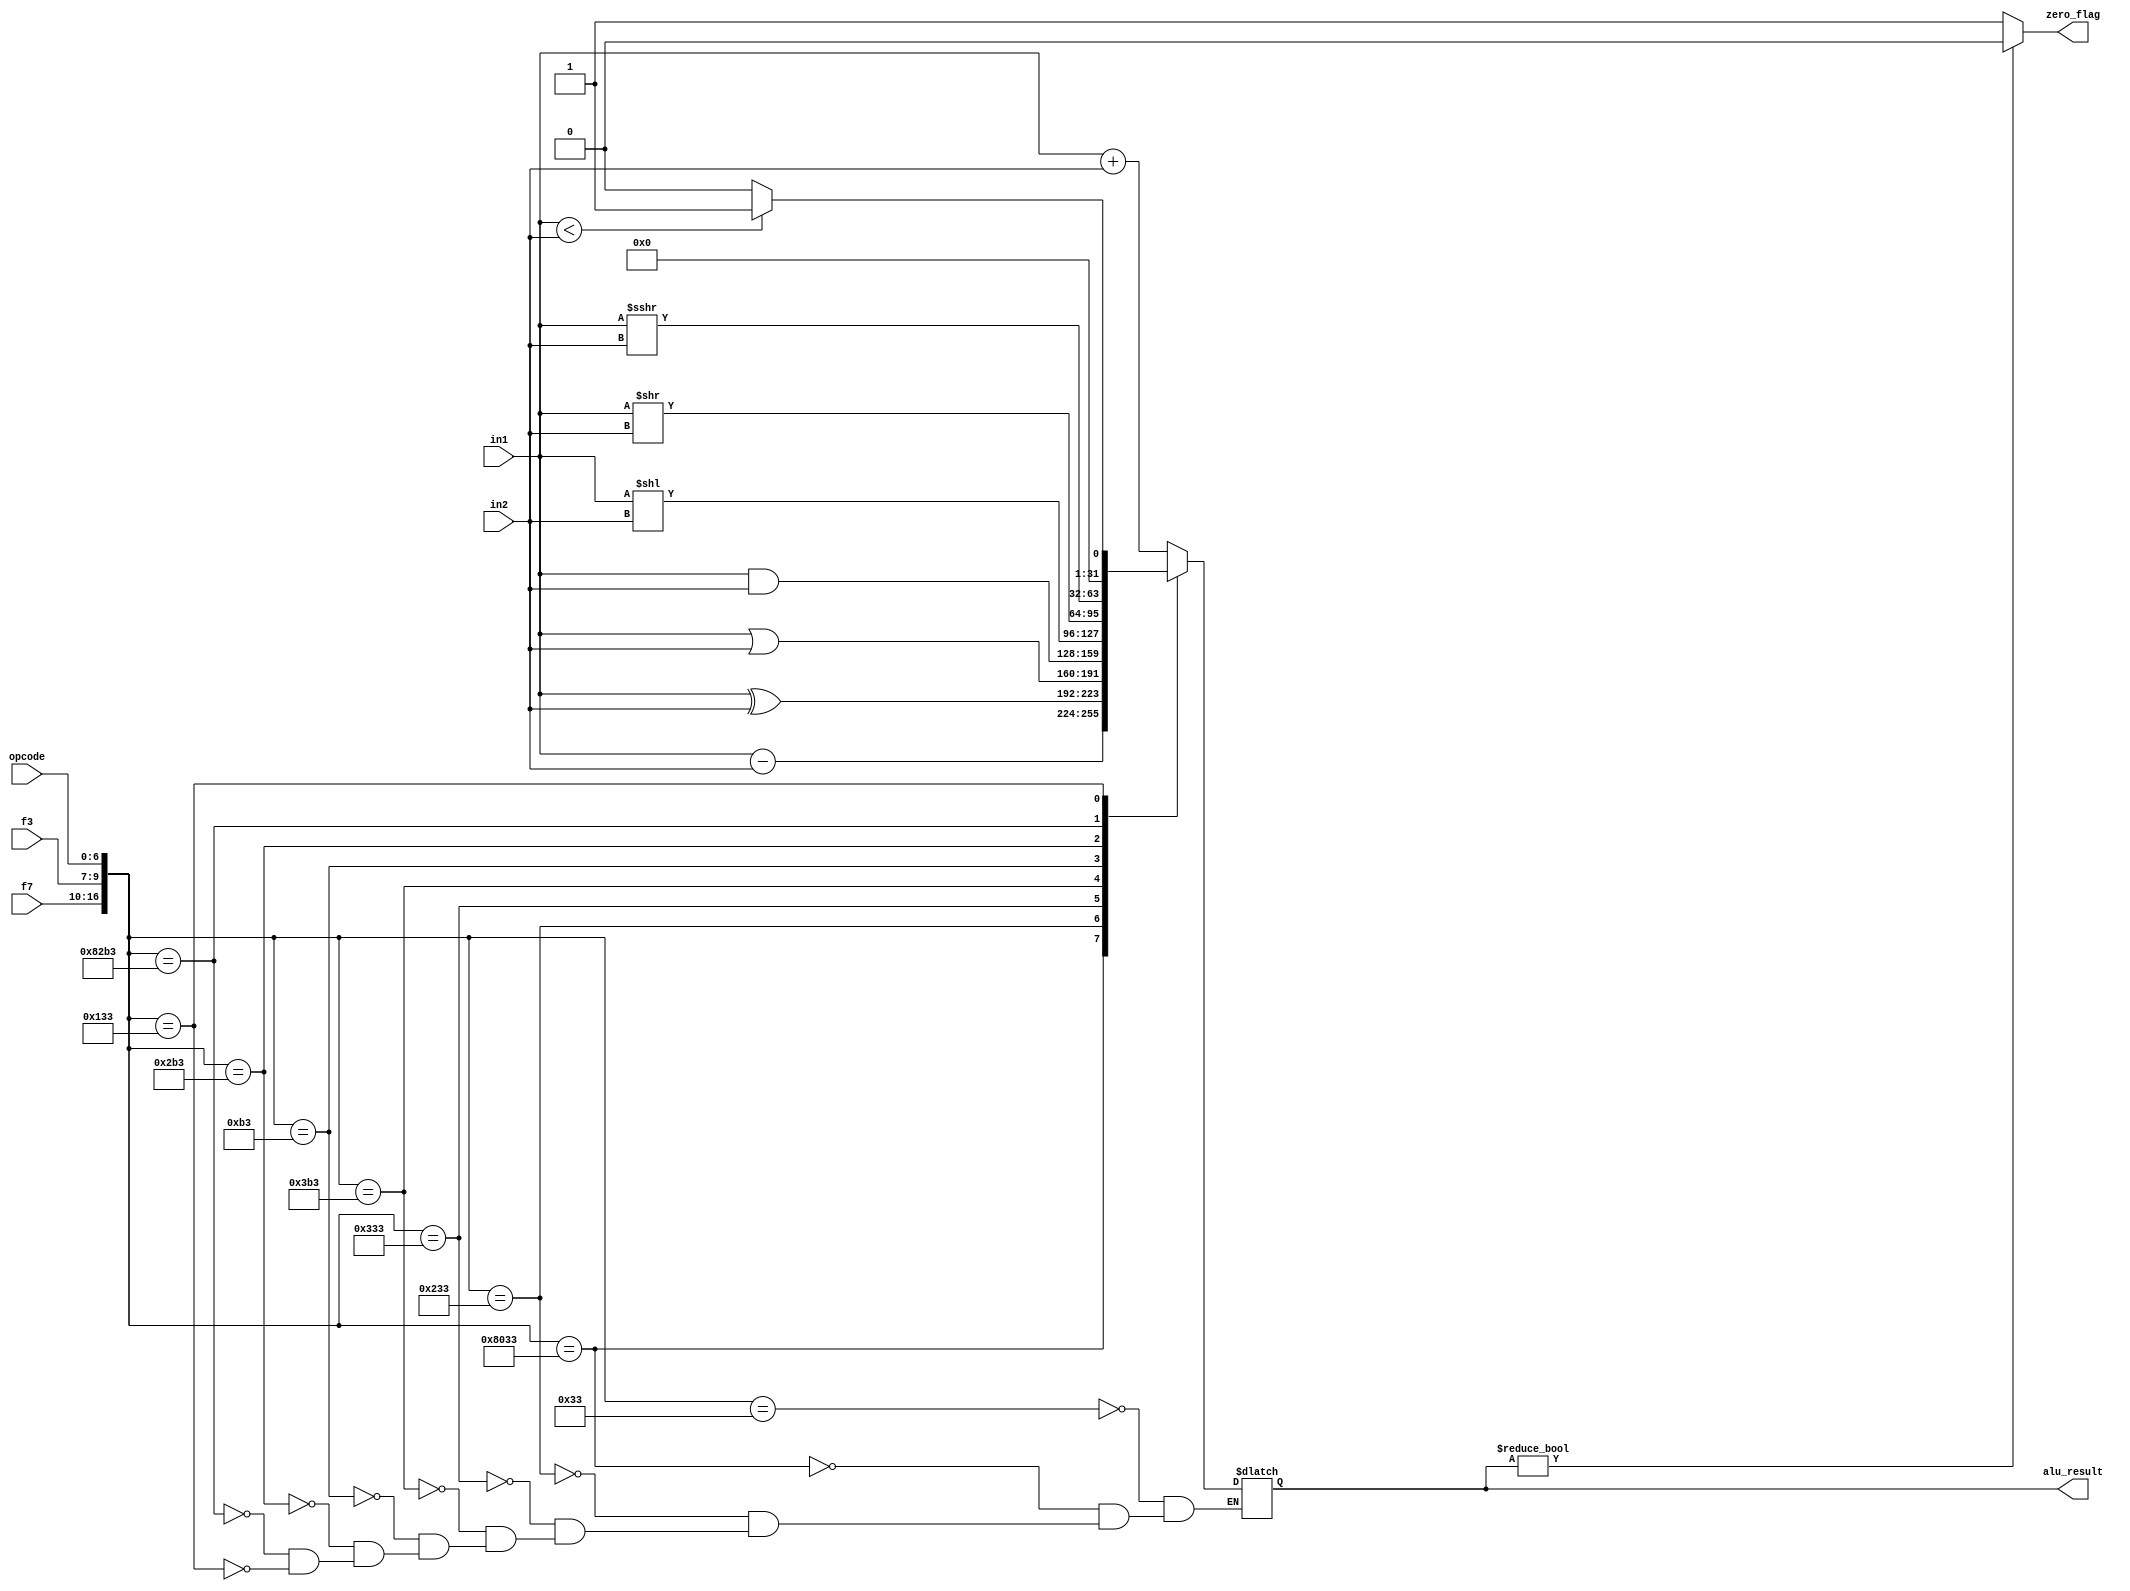
`timescale 1ns/1ps
module ALU(
input [31:0] in1,
input [31:0] in2,
input [2:0] f3,
input [6:0] f7,
input [6:0] opcode,
output reg [31:0] alu_result,
output zero_flag);
parameter ADD=17'b00000000000110011, SUB=17'b01000000000110011, XOR=17'b00000001000110011, OR=17'b00000001100110011, AND=17'b00000001110110011, SLL=17'b00000000010110011, SRL=17'b00000001010110011,
SRA=17'b01000001010110011, SLT=17'b00000000100110011;

always @(*) begin

case({f7,f3,opcode}) 

ADD: alu_result = in1 + in2;
SUB: alu_result = in1 - in2;
XOR: alu_result = in1 ^ in2;
OR: alu_result = in1 | in2;
AND: alu_result = in1 & in2;
SLL: alu_result = in1 << in2;
SRL: alu_result = in1 >> in2;
SRA: alu_result = in1 >>> in2;
SLT: alu_result = (in1 < in2)?1:0;

endcase end
assign zero_flag = (alu_result)?1'b0:1'b1;
endmodule